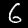
Label: 6